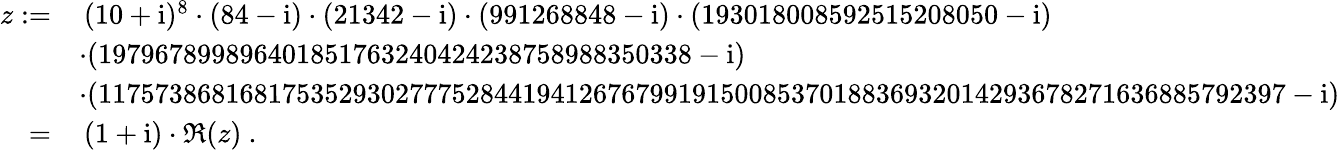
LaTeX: {\begin{array}{rl}{z:=}&{\, (10+\mathrm{i})^{8}\cdot(84-\mathrm{i})\cdot(21342-\mathrm{i})\cdot(991268848-\mathrm{i})\cdot(193018008592515208050-\mathrm{i})}\\ &{\cdot(197967899896401851763240424238758988350338-\mathrm{i})}\\ &{\cdot(117573868168175352930277752844194126767991915008537018836932014293678271636885792397-\mathrm{i})}\\ {\; =}&{\, (1+\mathrm{i})\cdot\Re(z)~.}\end{array}}